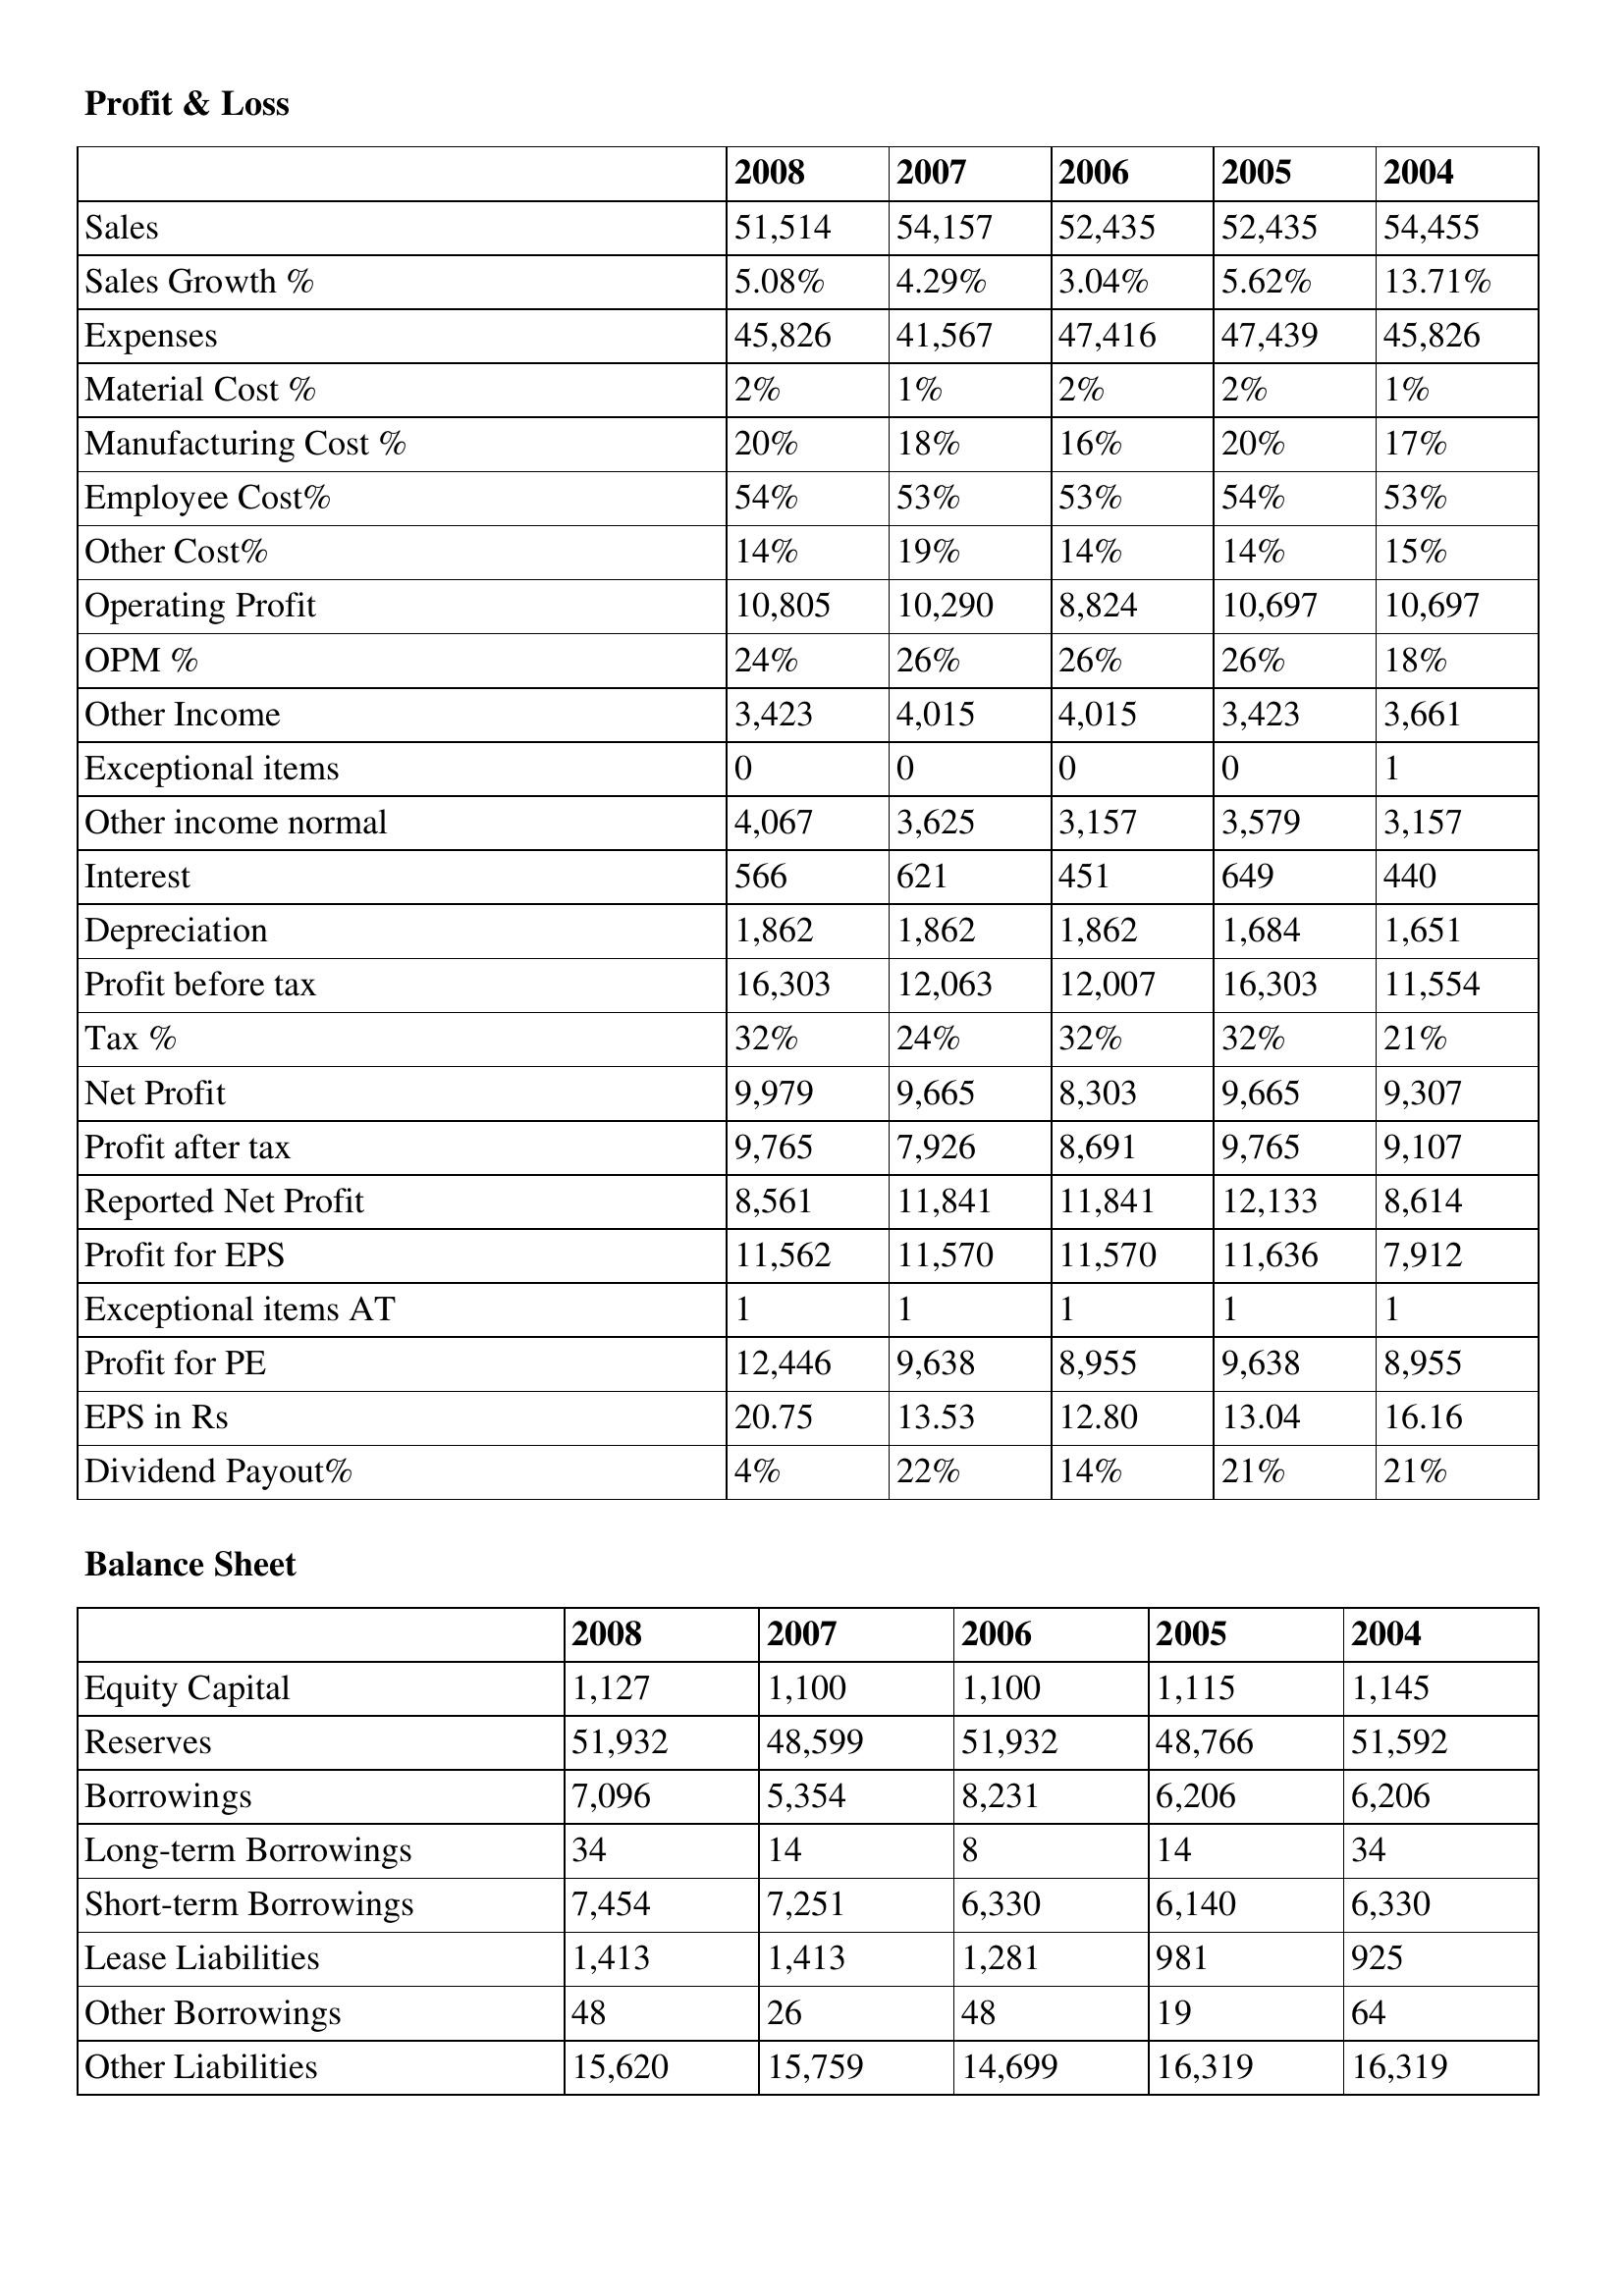
gt_parse: 2008: Profit & Loss: Sales: 51,514
Sales Growth %: 5.08%
Expenses: 45,826
Material Cost %: 2%
Manufacturing Cost %: 20%
Employee Cost%: 54%
Other Cost%: 14%
Operating Profit: 10,805
OPM %: 24%
Other Income: 3,423
Exceptional items: 0
Other income normal: 4,067
Interest: 566
Depreciation: 1,862
Profit before tax: 16,303
Tax %: 32%
Net Profit: 9,979
Profit after tax: 9,765
Reported Net Profit: 8,561
Profit for EPS: 11,562
Exceptional items AT: 1
Profit for PE: 12,446
EPS in Rs: 20.75
Dividend Payout%: 4%
Balance Sheet: Equity Capital: 1,127
Reserves: 51,932
Borrowings: 7,096
Long-term Borrowings: 34
Short-term Borrowings: 7,454
Lease Liabilities: 1,413
Other Borrowings: 48
Other Liabilities: 15,620
2007: Profit & Loss: Sales: 54,157
Sales Growth %: 4.29%
Expenses: 41,567
Material Cost %: 1%
Manufacturing Cost %: 18%
Employee Cost%: 53%
Other Cost%: 19%
Operating Profit: 10,290
OPM %: 26%
Other Income: 4,015
Exceptional items: 0
Other income normal: 3,625
Interest: 621
Depreciation: 1,862
Profit before tax: 12,063
Tax %: 24%
Net Profit: 9,665
Profit after tax: 7,926
Reported Net Profit: 11,841
Profit for EPS: 11,570
Exceptional items AT: 1
Profit for PE: 9,638
EPS in Rs: 13.53
Dividend Payout%: 22%
Balance Sheet: Equity Capital: 1,100
Reserves: 48,599
Borrowings: 5,354
Long-term Borrowings: 14
Short-term Borrowings: 7,251
Lease Liabilities: 1,413
Other Borrowings: 26
Other Liabilities: 15,759
2006: Profit & Loss: Sales: 52,435
Sales Growth %: 3.04%
Expenses: 47,416
Material Cost %: 2%
Manufacturing Cost %: 16%
Employee Cost%: 53%
Other Cost%: 14%
Operating Profit: 8,824
OPM %: 26%
Other Income: 4,015
Exceptional items: 0
Other income normal: 3,157
Interest: 451
Depreciation: 1,862
Profit before tax: 12,007
Tax %: 32%
Net Profit: 8,303
Profit after tax: 8,691
Reported Net Profit: 11,841
Profit for EPS: 11,570
Exceptional items AT: 1
Profit for PE: 8,955
EPS in Rs: 12.80
Dividend Payout%: 14%
Balance Sheet: Equity Capital: 1,100
Reserves: 51,932
Borrowings: 8,231
Long-term Borrowings: 8
Short-term Borrowings: 6,330
Lease Liabilities: 1,281
Other Borrowings: 48
Other Liabilities: 14,699
2005: Profit & Loss: Sales: 52,435
Sales Growth %: 5.62%
Expenses: 47,439
Material Cost %: 2%
Manufacturing Cost %: 20%
Employee Cost%: 54%
Other Cost%: 14%
Operating Profit: 10,697
OPM %: 26%
Other Income: 3,423
Exceptional items: 0
Other income normal: 3,579
Interest: 649
Depreciation: 1,684
Profit before tax: 16,303
Tax %: 32%
Net Profit: 9,665
Profit after tax: 9,765
Reported Net Profit: 12,133
Profit for EPS: 11,636
Exceptional items AT: 1
Profit for PE: 9,638
EPS in Rs: 13.04
Dividend Payout%: 21%
Balance Sheet: Equity Capital: 1,115
Reserves: 48,766
Borrowings: 6,206
Long-term Borrowings: 14
Short-term Borrowings: 6,140
Lease Liabilities: 981
Other Borrowings: 19
Other Liabilities: 16,319
2004: Profit & Loss: Sales: 54,455
Sales Growth %: 13.71%
Expenses: 45,826
Material Cost %: 1%
Manufacturing Cost %: 17%
Employee Cost%: 53%
Other Cost%: 15%
Operating Profit: 10,697
OPM %: 18%
Other Income: 3,661
Exceptional items: 1
Other income normal: 3,157
Interest: 440
Depreciation: 1,651
Profit before tax: 11,554
Tax %: 21%
Net Profit: 9,307
Profit after tax: 9,107
Reported Net Profit: 8,614
Profit for EPS: 7,912
Exceptional items AT: 1
Profit for PE: 8,955
EPS in Rs: 16.16
Dividend Payout%: 21%
Balance Sheet: Equity Capital: 1,145
Reserves: 51,592
Borrowings: 6,206
Long-term Borrowings: 34
Short-term Borrowings: 6,330
Lease Liabilities: 925
Other Borrowings: 64
Other Liabilities: 16,319